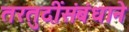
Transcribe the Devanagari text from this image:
तरतुदींसंबंधाने